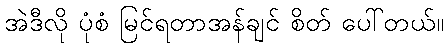
အဲဒီလို ပုံစံ မြင်ရတာအန်ချင် စိတ် ပေါ်တယ်။